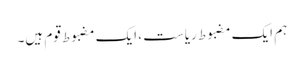
ہم ایک مضبوط ریاست ، ایک مضبوط قوم ہیں۔